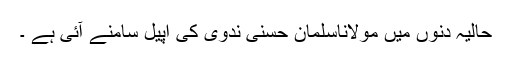
حالیہ دنوں میں مولاناسلمان حسنی ندوی کی اپیل سامنے آئی ہے ۔